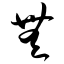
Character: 无